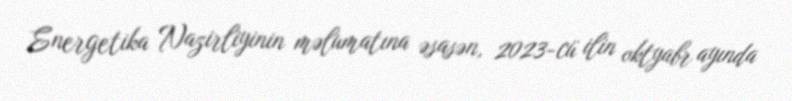
Energetika Nazirliyinin məlumatına əsasən, 2023-cü ilin oktyabr ayında